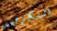
السكرتير